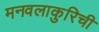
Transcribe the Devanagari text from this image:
मनवलाकुरिची